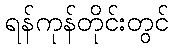
ရန်ကုန်တိုင်းတွင်